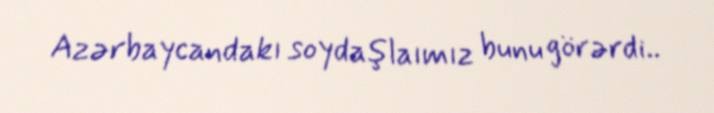
Azərbaycandakı soydaşlaımız bunu görərdi..